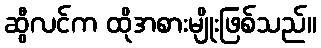
ဆွီလင်က ထိုအစားမျိုးဖြစ်သည်။